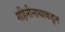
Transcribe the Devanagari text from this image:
गहिनीनाथाकडून